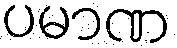
ပမာဏ